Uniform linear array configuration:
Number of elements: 12
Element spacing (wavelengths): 0.5
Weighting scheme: uniform
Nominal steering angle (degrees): -30
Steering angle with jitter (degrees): -31.134
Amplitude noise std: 0.05
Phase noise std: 0.05

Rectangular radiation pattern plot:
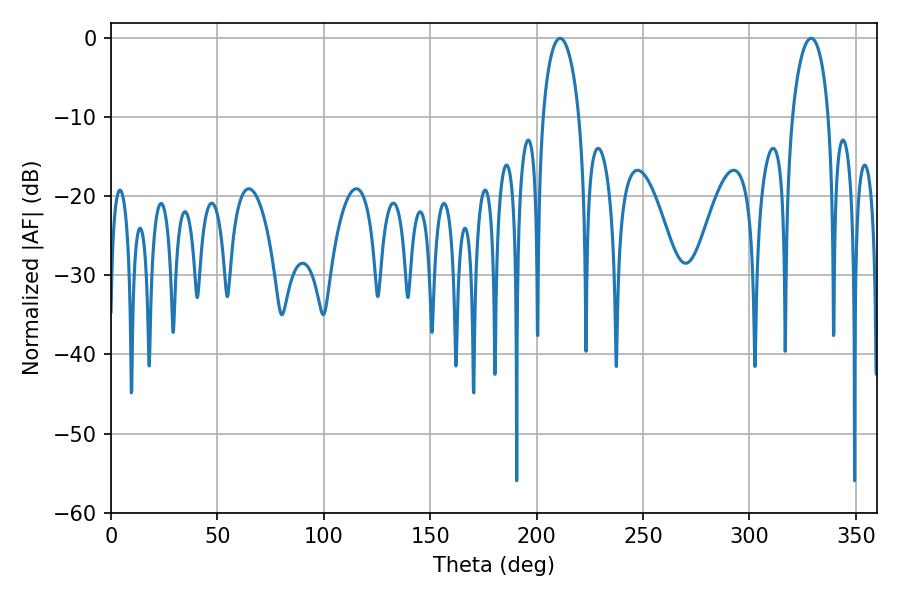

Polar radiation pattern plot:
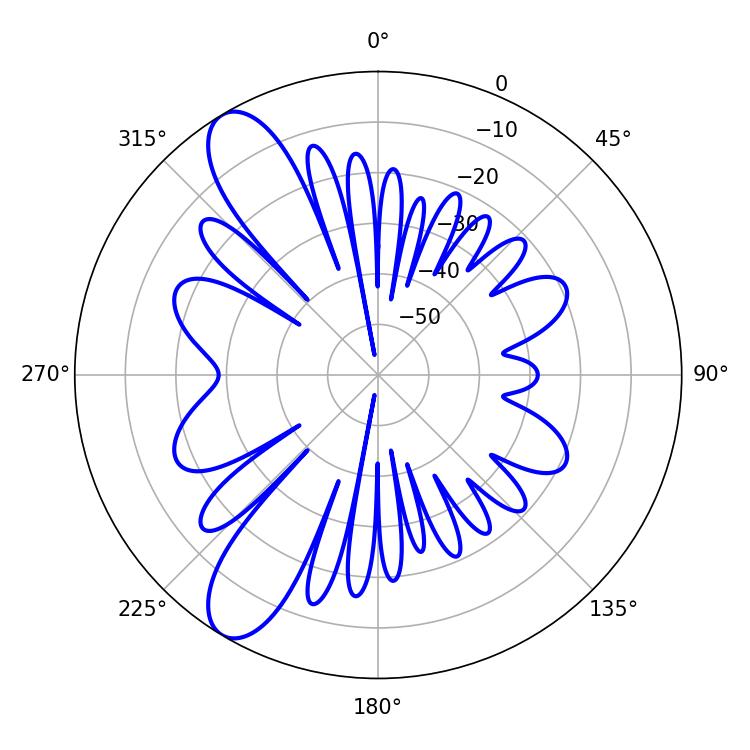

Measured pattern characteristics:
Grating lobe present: FALSE
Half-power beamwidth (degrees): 9.72
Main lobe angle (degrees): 210.96